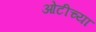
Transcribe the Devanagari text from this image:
ओटीच्या